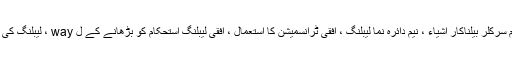
بنیادی کا استعمال کھڑے فرم سرکلر بیلناکار اشیاء ، نیم دائرہ نما لیبلنگ ، افقی ٹرانسمیشن کا استعمال ، افقی لیبلنگ استحکام کو بڑھانے کے ل way ، لیبلنگ کی کارکردگی کو بہتر بنانا ہے۔